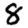
Digit: 8